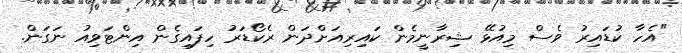
"އެހާ ކުޑައިރު ވެސް މިއުޅޭ ޝިރާނީމެން ކައިރިއަށްދަން ރެކޯޑަރު ހިފައިގެން އިންޓަވިއު ނަގަން.